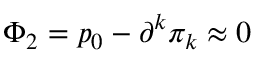
\Phi _ { 2 } = p _ { 0 } - \partial ^ { k } \pi _ { k } \approx 0